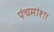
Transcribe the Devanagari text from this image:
पंचमांश।